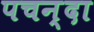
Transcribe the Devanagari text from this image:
पचन्दा